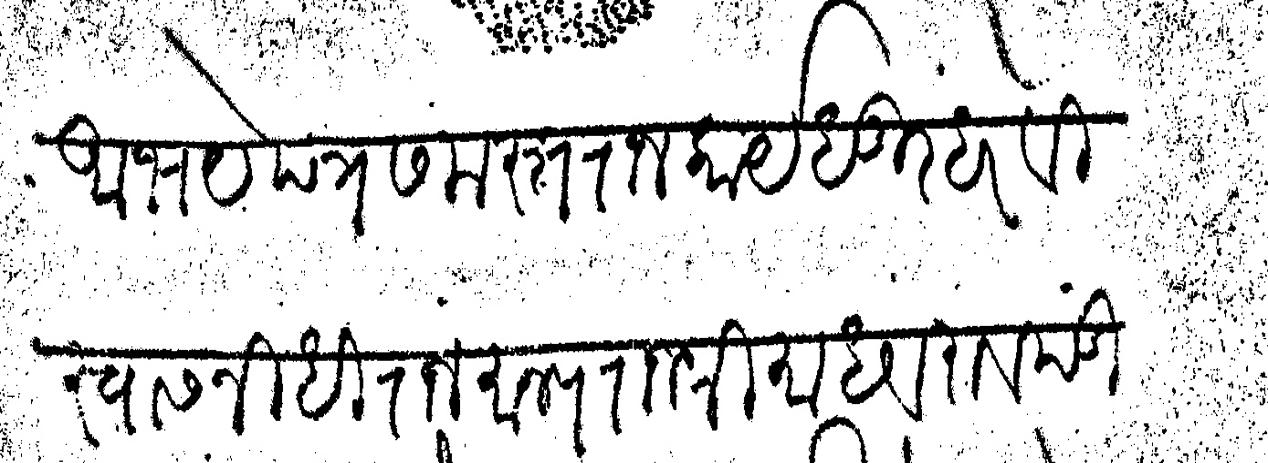
Transliteration (Devanagari): अभयेपत्र समस्त राजकार्य धुरंधर विस्वासनिधी राजमान्य राजश्री माधवराव पंडित